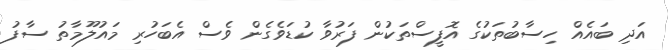
އަދި ބައެއް ހިސާބުތަކުގެ އޮފީސްތަކުން ފަރުވާ ކުޑަވެގެން ވެސް އެބަހުރި މައުލޫމާތު ސާފު